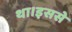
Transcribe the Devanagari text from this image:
था।इससे